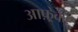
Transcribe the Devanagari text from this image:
आफ़्रेक्ट